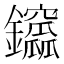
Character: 𨰆